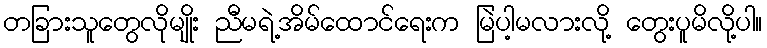
တခြားသူတွေလိုမျိုး ညီမရဲ့အိမ်ထောင်ရေးက မြဲပါ့မလားလို့ တွေးပူမိလို့ပါ။